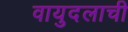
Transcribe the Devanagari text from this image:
वायुदलाची